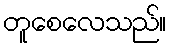
တူစေလေသည်။